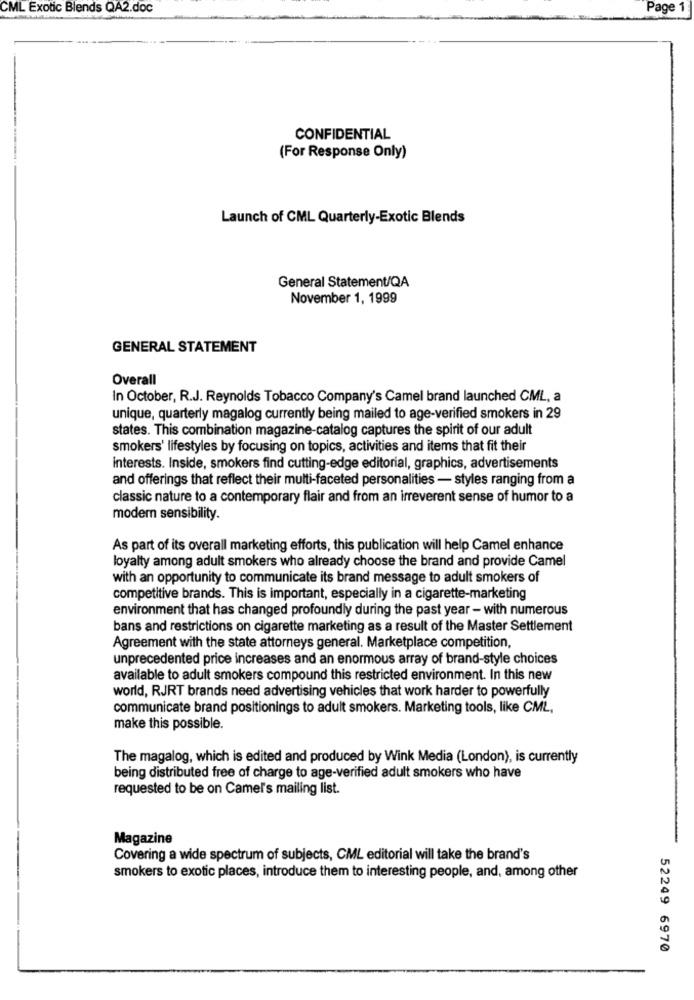
CML Exotic Blends QA2.doc
Page 1
CONFIDENTIAL
(For Response Only)
Launch of CML Quarterly-Exotic Blends
General Statement/QA
November 1, 1999
GENERAL STATEMENT
Overall
In October, R.J. Reynolds Tobacco Company's Camel brand launched CML, a
unique, quarterly magalog currently being mailed to age-verified smokers in 29
states. This combination magazine-catalog captures the spirit of our adult
smokers' lifestyles by focusing on topics, activities and items that fit their
interests. Inside, smokers find cutting-edge editorial, graphics, advertisements
and offerings that reflect their multi-faceted personalities - styles ranging from a
classic nature to a contemporary flair and from an irreverent sense of humor to a
modern sensibility.
As part of its overall marketing efforts, this publication will help Camel enhance
loyalty among adult smokers who already choose the brand and provide Camel
with an opportunity to communicate its brand message to adult smokers of
competitive brands. This is important, especially in a cigarette-marketing
environment that has changed profoundly during the past year - with numerous
bans and restrictions on cigarette marketing as a result of the Master Settlement
Agreement with the state attorneys general. Marketplace competition,
unprecedented price increases and an enormous array of brand-style choices
available to adult smokers compound this restricted environment. In this new
world, RJRT brands need advertising vehicles that work harder to powerfully
communicate brand positionings to adult smokers. Marketing tools, like CML,
make this possible.
The magalog, which is edited and produced by Wink Media (London), is currently
being distributed free of charge to age-verified adult smokers who have
requested to be on Camel's mailing list.
Magazine
Covering a wide spectrum of subjects, CML editorial will take the brand's
smokers to exotic places, introduce them to interesting people, and, among other
52249 6970